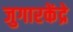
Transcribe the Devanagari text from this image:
जुगारकेंद्रे